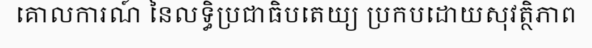
គោលការណ៍ នៃលទ្ធិប្រជាធិបតេយ្យ ប្រកបដោយសុវត្ថិភាព